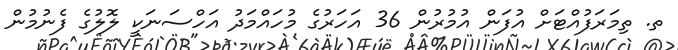
ތ. ތިމަރަފުއްޓަށް އުފަން އުމުރުން 36 އަހަރުގެ މުހައްމަދު އަހްސަނަކީ ލޮލުގެ ފެނުމުން